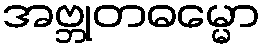
အဗ္ဘုတဓမ္မော